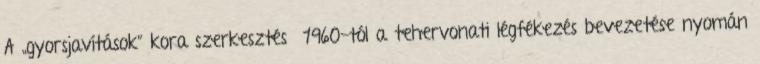
A „gyorsjavítások” kora szerkesztés 1960-tól a tehervonati légfékezés bevezetése nyomán